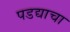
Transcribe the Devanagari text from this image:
पडद्याचा